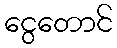
ငွေတောင်